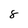
Character: 8